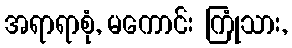
အရာရာစုံ, မကောင်း ကြုံသား,